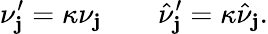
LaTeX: \nu_{\mathbf{j}}^{\prime}=\kappa\nu_{\mathbf{j}}\quad\quad\hat{{\nu}}_{\mathbf{j}}^{\prime}=\kappa\hat{{\nu}}_{\mathbf{j}}.